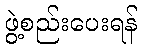
ဖွဲ့စည်းပေးရန်